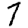
Digit: 7